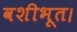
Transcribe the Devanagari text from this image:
वशीभूत।